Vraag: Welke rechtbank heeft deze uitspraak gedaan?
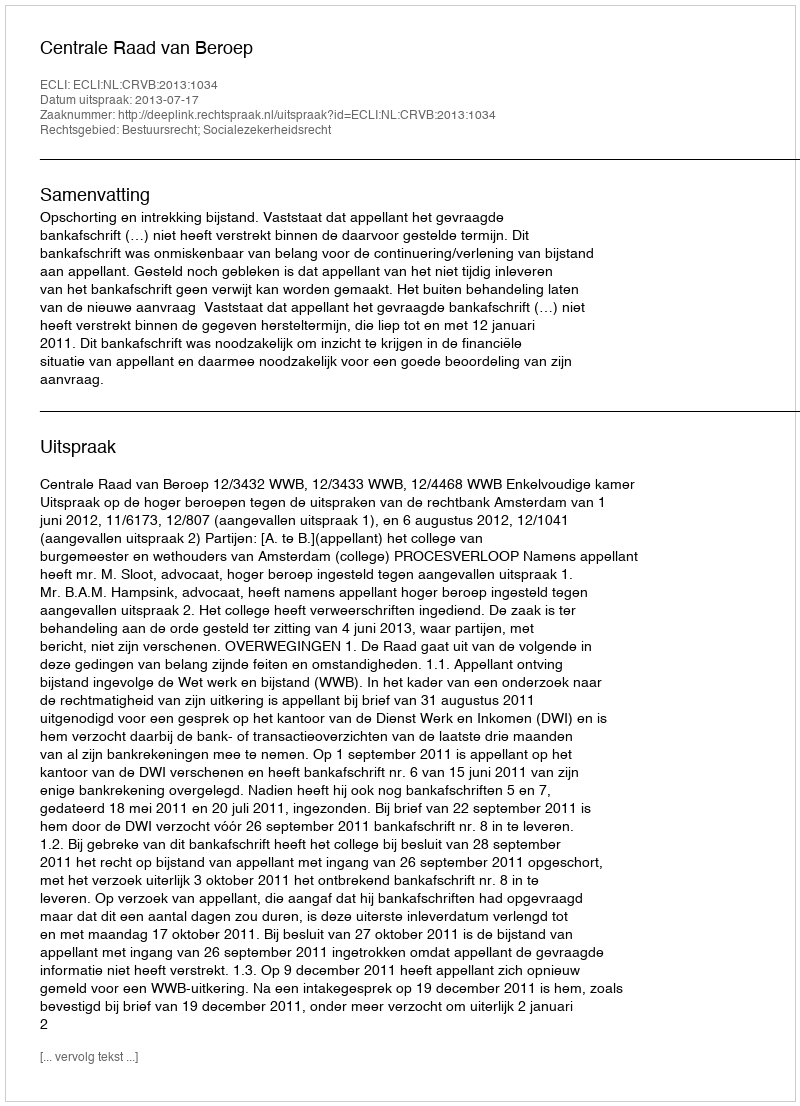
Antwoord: Centrale Raad van Beroep